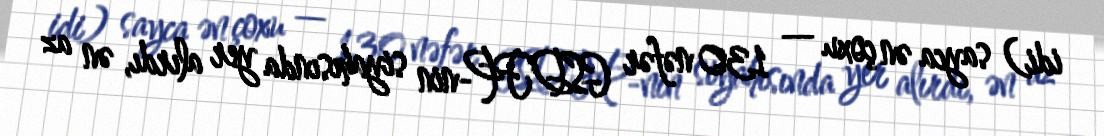
idi) sayca ən çoxu — 130 nəfər GSDFP-nin siyahısında yer alırdı, ən az